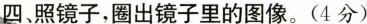
四照镜子，圈出镜子里的图像。(4分)